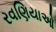
રવણિયાઓ